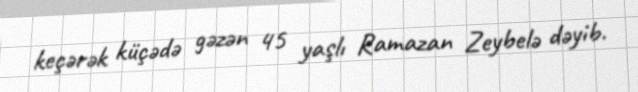
keçərək küçədə gəzən 45 yaşlı Ramazan Zeybelə dəyib.